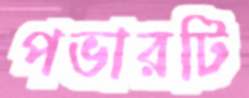
পভারটি